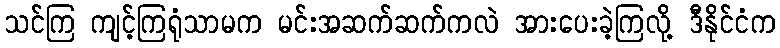
သင်ကြ ကျင့်ကြရုံသာမက မင်းအဆက်ဆက်ကလဲ အားပေးခဲ့ကြလို့ ဒီနိုင်ငံက